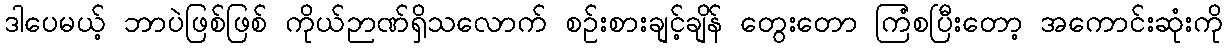
ဒါပေမယ့် ဘာပဲဖြစ်ဖြစ် ကိုယ်ဉာဏ်ရှိသလောက် စဉ်းစားချင့်ချိန် တွေးတော ကြံစပြီးတော့ အကောင်းဆုံးကို